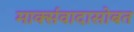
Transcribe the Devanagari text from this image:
मार्क्सवादासोबत